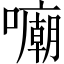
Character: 𱕜